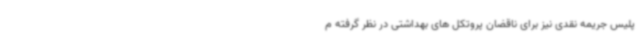
پلیس جریمه نقدی نیز برای ناقضان پروتکل های بهداشتی در نظر گرفته م